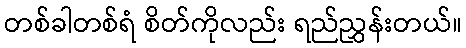
တစ်ခါတစ်ရံ စိတ်ကိုလည်း ရည်ညွှန်းတယ်။